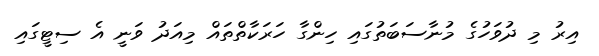
އިރު މި ދުވަހުގެ މުނާސަބަތުގައި ހިންގާ ހަރަކާތްތައް މިއަދު ވަނީ އެ ސިޓީގައި